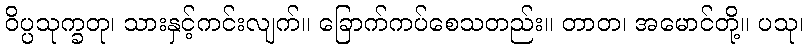
ဝိပ္ပသုက္ခတု၊ သားနှင့်ကင်းလျက်။ ခြောက်ကပ်စေသတည်း။ တာတ၊ အမောင်တို့။ ပသု၊